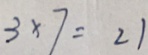
3 \times 7 = 2 1